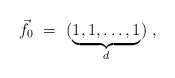
\begin{align*}\vec{f_0} \ =\ (\underbrace{1,1, \ldots,1}_{d})\ ,\end{align*}